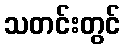
သတင်းတွင်